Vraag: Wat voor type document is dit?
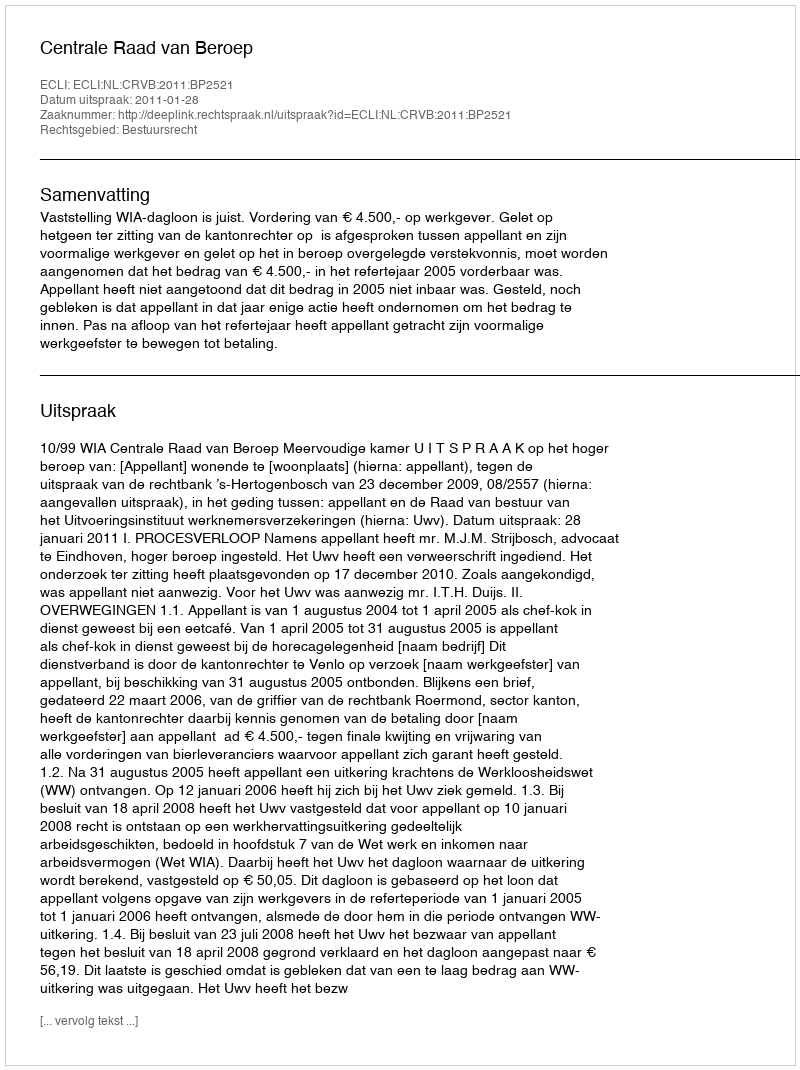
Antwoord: Uitspraak